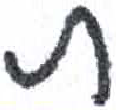
אות: ת